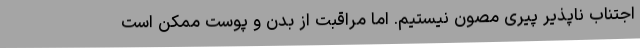
اجتناب ناپذیر پیری مصون نیستیم. اما مراقبت از بدن و پوست ممکن است